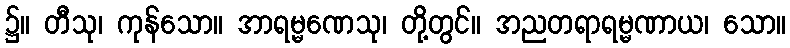
၌။ တီသု၊ ကုန်သော။ အာရမ္မဏေသု၊ တို့တွင်။ အညတရာရမ္မဏာယ၊ သော။